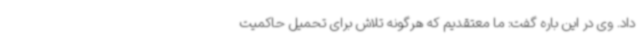
داد. وی در این باره گفت: ما معتقدیم که هرگونه تلاش برای تحمیل حاکمیت